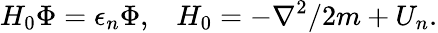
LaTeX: H_{0}\Phi=\epsilon_{n}\Phi,\; \; \; H_{0}=-\nabla^{2}/2m+U_{n}.